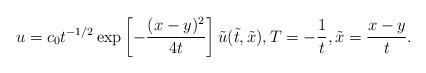
LaTeX: \begin{align*} u=c_0 t^{-1/2}\exp\left[-\frac{(x-y)^2}{4t}\right]\tilde{u}(\tilde{t},\tilde{x}), T=-\frac{1}{t}, \tilde{x}=\frac{x-y}{t}.\end{align*}